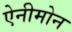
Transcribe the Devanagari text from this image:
ऐनीमोन